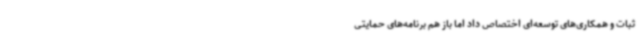
ثبات و همکاری‌های توسعه‌ای اختصاص داد اما باز هم برنامه‌های حمایتی